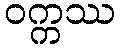
ဝက္ကဿ